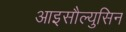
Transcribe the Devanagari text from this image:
आइसौल्युसिन